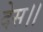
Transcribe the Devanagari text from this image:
देस।।